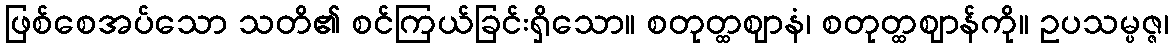
ဖြစ်စေအပ်သော သတိ၏ စင်ကြယ်ခြင်းရှိသော။ စတုတ္ထဈာနံ၊ စတုတ္ထဈာန်ကို။ ဥပသမ္ပဇ္ဇ၊